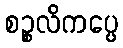
စဉ္စလိကပ္ပေ